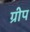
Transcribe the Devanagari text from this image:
ग्रीप